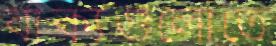
বাক্যগুলোতে